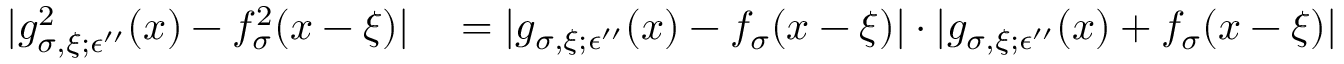
\begin{array} { r l } { | g _ { \sigma , \xi ; \epsilon ^ { \prime \prime } } ^ { 2 } ( x ) - f _ { \sigma } ^ { 2 } ( x - \xi ) | } & { { } = | g _ { \sigma , \xi ; \epsilon ^ { \prime \prime } } ( x ) - f _ { \sigma } ( x - \xi ) | \cdot | g _ { \sigma , \xi ; \epsilon ^ { \prime \prime } } ( x ) + f _ { \sigma } ( x - \xi ) | } \end{array}